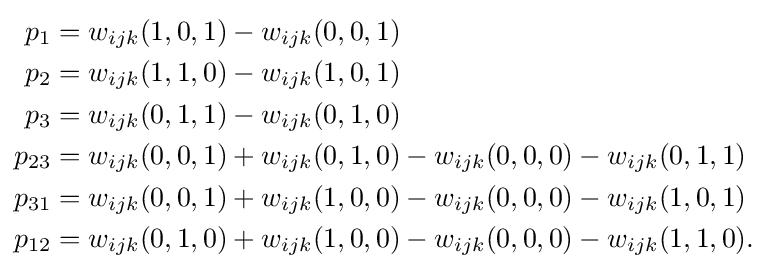
{\begin{aligned}p_{1}&=w_{ijk}(1,0,1)-w_{ijk}(0,0,1)\\p_{2}&=w_{ijk}(1,1,0)-w_{ijk}(1,0,1)\\p_{3}&=w_{ijk}(0,1,1)-w_{ijk}(0,1,0)\\p_{23}&=w_{ijk}(0,0,1)+w_{ijk}(0,1,0)-w_{ijk}(0,0,0)-w_{ijk}(0,1,1)\\p_{31}&=w_{ijk}(0,0,1)+w_{ijk}(1,0,0)-w_{ijk}(0,0,0)-w_{ijk}(1,0,1)\\p_{12}&=w_{ijk}(0,1,0)+w_{ijk}(1,0,0)-w_{ijk}(0,0,0)-w_{ijk}(1,1,0).\end{aligned}}